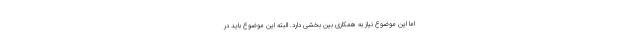
اما این موضوع نیاز به همکاری بین بخشی دارد. البته این موضوع باید در